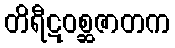
တိရီဋဝစ္ဆဇာတက